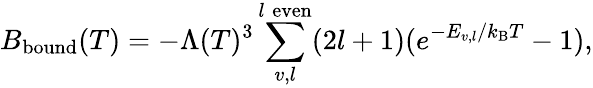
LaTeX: B_{\mathrm{bound}}(T)=-\Lambda(T)^{3}\sum_{v,l}^{l\; \mathrm{even}}(2l+1)(e^{-E_{v,l}/k_{\mathrm{B}}T}-1),